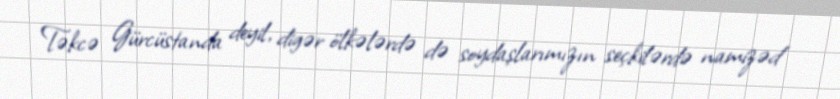
Təkcə Gürcüstanda deyil, digər ölkələrdə də soydaşlarımızın seçkilərdə namizəd